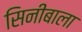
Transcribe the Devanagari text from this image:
सिनीबाला